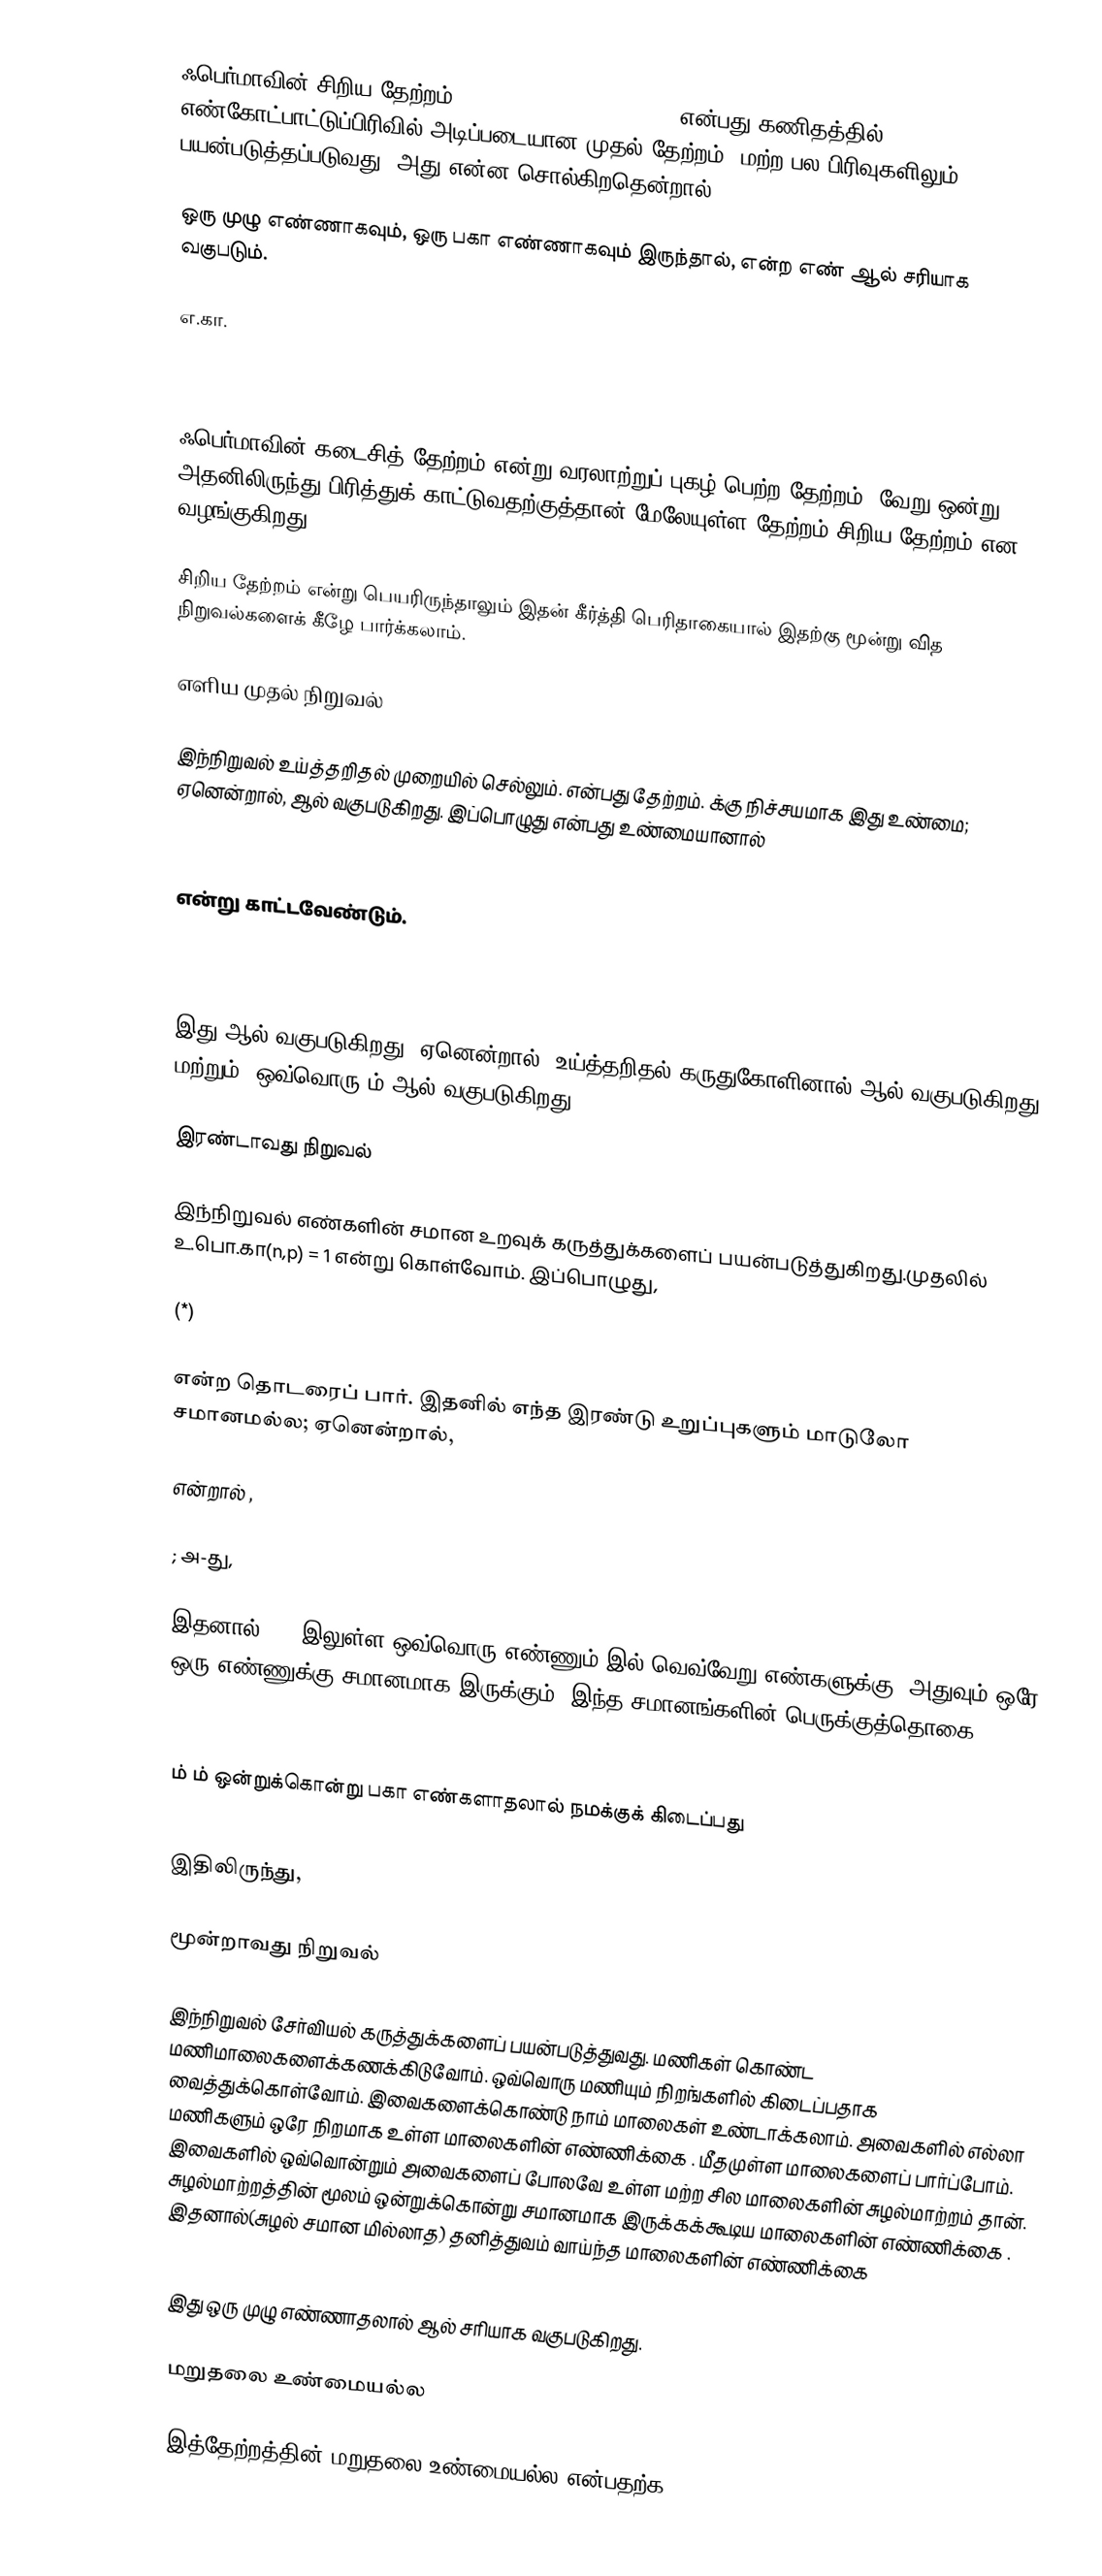
ஃபெர்மாவின் சிறிய தேற்றம் (Fermat's Little Theorem) என்பது கணிதத்தில் எண்கோட்பாட்டுப்பிரிவில் அடிப்படையான முதல் தேற்றம். மற்ற பல பிரிவுகளிலும் பயன்படுத்தப்படுவது. அது என்ன சொல்கிறதென்றால்,

  ஒரு முழு எண்ணாகவும்,  ஒரு பகா எண்ணாகவும் இருந்தால்,  என்ற எண்  ஆல் சரியாக வகுபடும்.

எ.கா.

ஃபெர்மாவின் கடைசித் தேற்றம் என்று வரலாற்றுப் புகழ் பெற்ற தேற்றம், வேறு ஒன்று. அதனிலிருந்து பிரித்துக் காட்டுவதற்குத்தான் மேலேயுள்ள தேற்றம் சிறிய தேற்றம் என வழங்குகிறது.

சிறிய தேற்றம் என்று பெயரிருந்தாலும் இதன் கீர்த்தி பெரிதாகையால் இதற்கு மூன்று வித நிறுவல்களைக் கீழே பார்க்கலாம்.

எளிய முதல் நிறுவல்

இந்நிறுவல் உய்த்தறிதல் முறையில் செல்லும்.  என்பது தேற்றம்.  க்கு நிச்சயமாக இது உண்மை; ஏனென்றால், ஆல் வகுபடுகிறது. இப்பொழுது  என்பது உண்மையானால்

என்று காட்டவேண்டும்.

இது  ஆல் வகுபடுகிறது; ஏனென்றால், உய்த்தறிதல் கருதுகோளினால்  ஆல் வகுபடுகிறது; மற்றும், ஒவ்வொரு  ம்  ஆல் வகுபடுகிறது.

இரண்டாவது நிறுவல்

இந்நிறுவல் எண்களின் சமான உறவுக் கருத்துக்களைப் பயன்படுத்துகிறது.முதலில் உ.பொ.கா(n,p) = 1 என்று கொள்வோம். இப்பொழுது,

  (*)

என்ற தொடரைப் பார். இதனில் எந்த இரண்டு உறுப்புகளும் மாடுலோ  சமானமல்ல; ஏனென்றால்,

  என்றால் ,

  ; அ-து,

இதனால் (*) இலுள்ள ஒவ்வொரு எண்ணும்  இல் வெவ்வேறு எண்களுக்கு, அதுவும் ஒரே ஒரு எண்ணுக்கு சமானமாக இருக்கும். இந்த சமானங்களின் பெருக்குத்தொகை

  ம்  ம் ஒன்றுக்கொன்று பகா எண்களாதலால் நமக்குக் கிடைப்பது

 இதிலிருந்து,

மூன்றாவது நிறுவல்

இந்நிறுவல் சேர்வியல் கருத்துக்களைப் பயன்படுத்துவது.  மணிகள் கொண்ட மணிமாலைகளைக்கணக்கிடுவோம். ஒவ்வொரு மணியும்  நிறங்களில் கிடைப்பதாக வைத்துக்கொள்வோம். இவைகளைக்கொண்டு நாம்  மாலைகள் உண்டாக்கலாம். அவைகளில் எல்லா மணிகளும் ஒரே நிறமாக உள்ள மாலைகளின் எண்ணிக்கை . மீதமுள்ள  மாலைகளைப் பார்ப்போம். இவைகளில் ஒவ்வொன்றும் அவைகளைப் போலவே உள்ள மற்ற சில மாலைகளின் சுழல்மாற்றம் தான். சுழல்மாற்றத்தின் மூலம் ஒன்றுக்கொன்று சமானமாக இருக்கக்கூடிய மாலைகளின் எண்ணிக்கை . இதனால்(சுழல் சமான மில்லாத) தனித்துவம் வாய்ந்த மாலைகளின் எண்ணிக்கை

இது ஒரு முழு எண்ணாதலால்  ஆல் சரியாக வகுபடுகிறது.

மறுதலை உண்மையல்ல

இத்தேற்றத்தின் மறுதலை உண்மையல்ல என்பதற்க